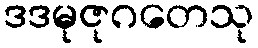
ဒဒမုဇုဂတေသု